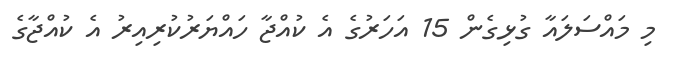
މި މައްސަލައާ ގުޅިގެން 15 އަހަރުގެ އެ ކުއްޖާ ހައްޔަރުކުރިއިރު އެ ކުއްޖާގެ